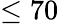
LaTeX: \le 70